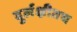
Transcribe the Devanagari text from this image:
दुर्लक्षीतच